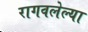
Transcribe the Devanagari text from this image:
रागवलेल्या